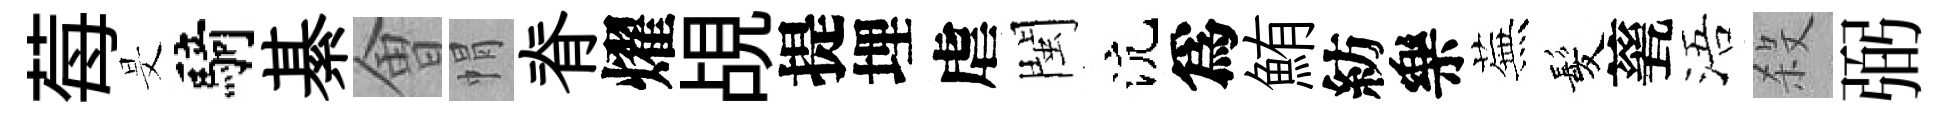
莓旻騎綦㑹㡌脊燿覘提埋虐閩沆爲鮪紡樂蕪髪甆浯殺弼